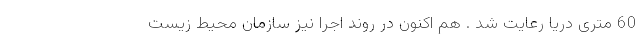
60 متری دریا رعایت شد . هم اکنون در روند اجرا نیز سازمان محیط زیست